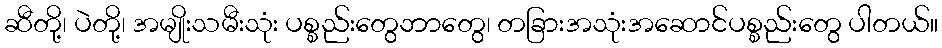
ဆီတို့၊ ပဲတို့၊ အမျိုးသမီးသုံး ပစ္စည်းတွေဘာတွေ၊ တခြားအသုံးအဆောင်ပစ္စည်းတွေ ပါတယ်။